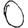
Digit: 0